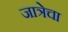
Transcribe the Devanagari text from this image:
जात्रेचा